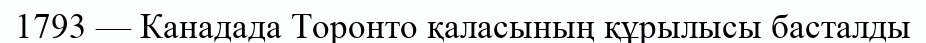
1793 — Канадада Торонто қаласының құрылысы басталды